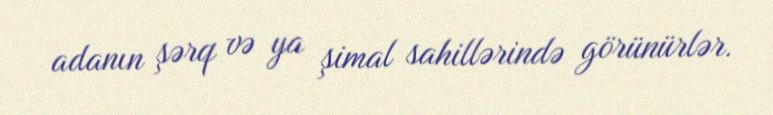
adanın şərq və ya şimal sahillərində görünürlər.